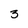
Character: 3